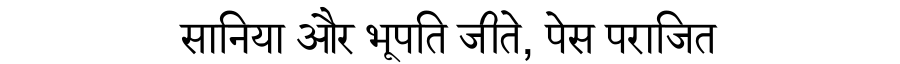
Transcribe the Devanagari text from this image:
सानिया और भूपति जीते, पेस पराजित